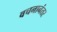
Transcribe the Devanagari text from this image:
वचनानंतर